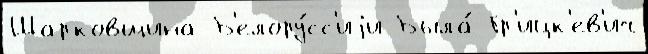
Шарковщина Б'елору́сс'иjи Была́ Гр'ицк'ев'ич